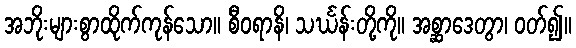
အဘိုးများစွာထိုက်ကုန်သော။ စီဝရာနိ၊ သင်္ဃန်းတို့ကို။ အစ္ဆာဒေတွာ၊ ဝတ်၍။